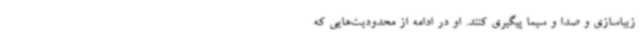
زیباسازی و صدا و سیما پیگیری کنند. او در ادامه از محدودیت‌هایی که